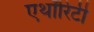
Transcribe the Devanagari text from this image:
एथॉरिटी